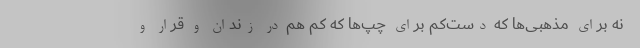
نه برای مذهبی‌ها که دست‌کم برای چپ‌ها که کم هم در زندان و قرار و